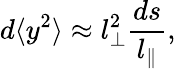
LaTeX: d\langle y^{2}\rangle\approx l_{\bot}^{2}\frac{ds}{l_{\| }},